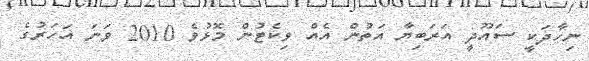
ނިހާދަކީ ސައޫދީ އަރަބިޔާ އަތުން އެއް ވިކެޓުން މޮޅުވެ 2010 ވަނަ އަހަރުގެ